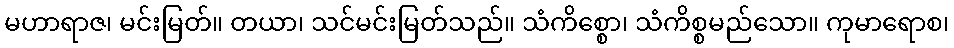
မဟာရာဇ၊ မင်းမြတ်။ တယာ၊ သင်မင်းမြတ်သည်။ သံကိစ္စော၊ သံကိစ္စမည်သော။ ကုမာရောစ၊